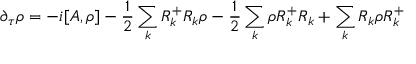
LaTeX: \partial _ { \tau } \rho = - i [ { \cal A } , \rho ] - \frac { 1 } { 2 } \sum _ { k } R _ { k } ^ { + } R _ { k } \rho - \frac { 1 } { 2 } \sum _ { k } \rho R _ { k } ^ { + } R _ { k } + \sum _ { k } R _ { k } \rho R _ { k } ^ { + }